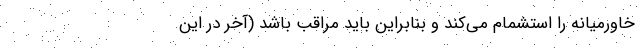
خاورمیانه را استشمام می‌کند و بنابراین باید مراقب باشد (آخر در این